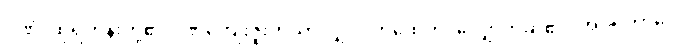
ဂုဏံ၊ ထိုရဟန်းတို့၏ ဂုဏ်ကျေးဇူးကိုသာလျှင်။ ကထေတိ၊ လျှောက်ဆို၏။ အပရဘာဂေ၊